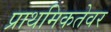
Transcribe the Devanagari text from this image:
प्राथमिकतेवर